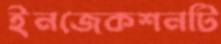
ইনজেকশনটি